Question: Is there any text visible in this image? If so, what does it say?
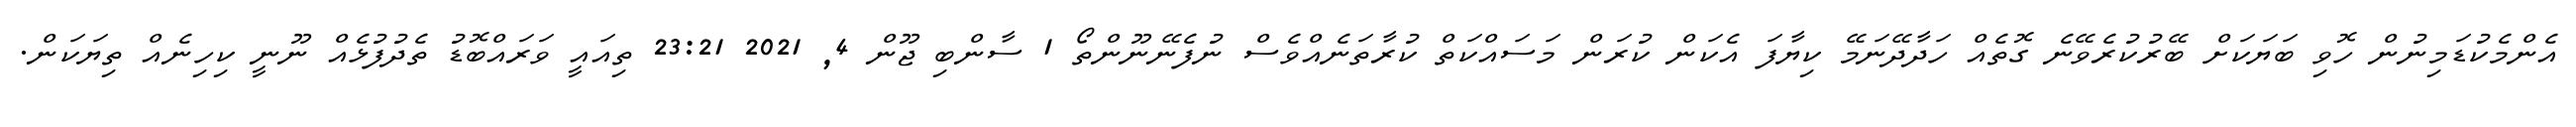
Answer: އެންމެކުޑަމިނުން ހޮވި ބަޔަކަށް ބޭރުކުރެވޭނެ ގޮތެއް ހަދާދޭނަމޭ ކިޔާފަ އެކަން ކުރަން މަސައްކަތް ކުރާތަނެއްވެސް ނުފެނޭނޫންތޯ 1 ސާންބި ޖޫން 4, 2021 23:21 ތިއައީ ވަރައްބޮޑު ތެދުފުޅެއް ނޫނީ ކިހިނެއް ތިޔަކަން.